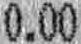
0.00